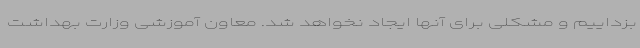
بزداییم و مشکلی برای آنها ایجاد نخواهد شد. معاون آموزشی وزارت بهداشت